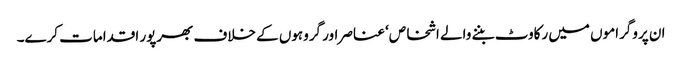
ان پروگراموں میں رکاوٹ بننے والے اشخاص‘ عناصر اور گروہوں کے خلاف بھرپور اقدامات کرے۔